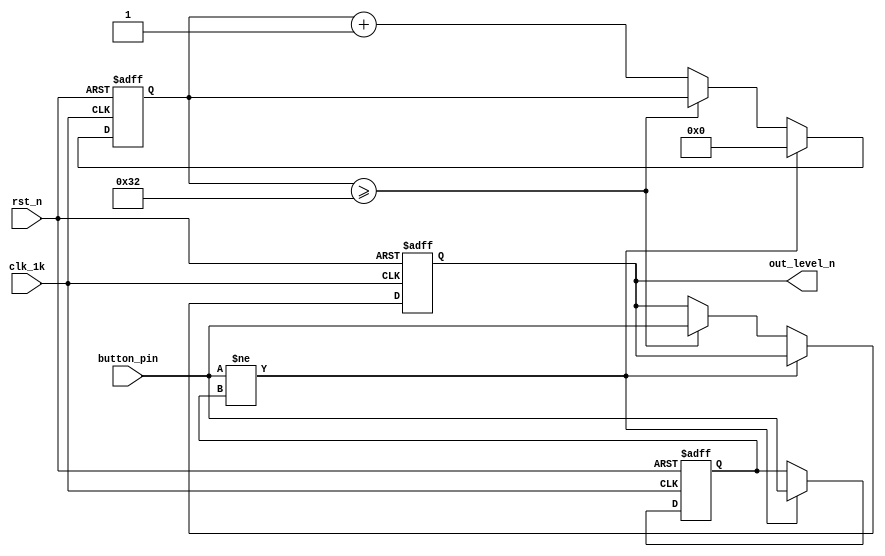
module  button_single(
    input       clk_1k      ,
                rst_n       ,
                button_pin  ,
    output      out_level_n   
);

    reg [7:0]   filter_cnt  ;
    reg         out_reg     ,
                pre_level   ;
    always @(posedge clk_1k or negedge rst_n) begin
        if(~rst_n) begin
            out_reg     <=  'h1;
            filter_cnt  <=  'h0;
            pre_level   <=  'h0;
        end
        else begin
            if(button_pin != pre_level) begin
                pre_level   <=  button_pin;
                filter_cnt  <=  'h0;
            end
            else if(filter_cnt >= 'd50) begin
                out_reg     <=  button_pin;
            end
            else begin
                filter_cnt  <=   filter_cnt + 1;
            end
        end
    end

    assign out_level_n = out_reg;

endmodule